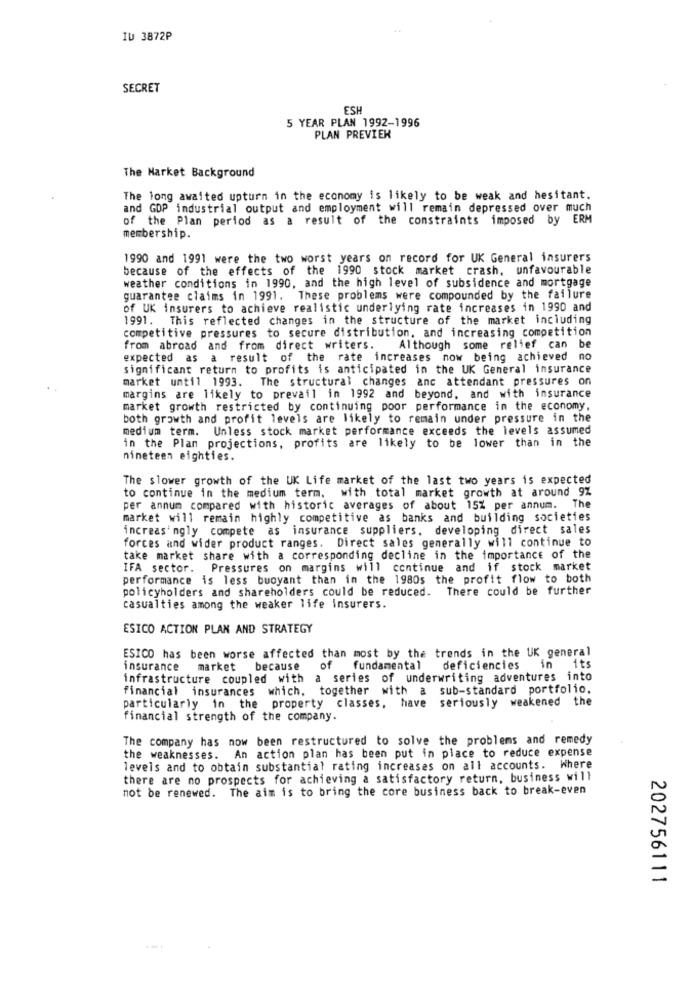
IV 3872P
SECRET
ESH
5 YEAR PLAN 1992-1996
PLAN PREVIER
The Market Background
The long awaited upturn in the economy is likely to be weak and hesitant.
and GDP industrial output and employment will remain depressed over much
of the Plan period as a result of the constraints imposed by ERM
membership.
1990 and 1991 were the two worst years on record for UK General insurers
because of the effects of the 1990 stock market crash, unfavourable
weather conditions in 1990, and the high level of subsidence and mortgage
guarantee claims in 1991. These problems were compounded by the failure
of UK insurers to achieve realistic underlying rate increases in 1990 and
1991. This reflected changes in the structure of the market including
competitive pressures to secure distribution, and increasing competition
from abroad and from direct writers.
Although some relief can be
expected as a result of the rate increases now being achieved no
significant return to profits is anticipated in the UK General insurance
market until 1993. The structural changes anc attendant pressures on
margins are likely to prevail in 1992 and beyond, and with insurance
market growth restricted by continuing poor performance in the economy.
both growth and profit levels are likely to remain under pressure in the
medium term. Unless stock market performance exceeds the levels assumed
in the Plan projections, profits are likely to be lower than in the
nineteen eighties.
The slower growth of the UK Life market of the last two years is expected
to continue in the medium term. with total market growth at around 9%
per annum compared with historic averages of about 15% per annum. The
market will remain highly competitive as banks and building societies
increasingly compete as insurance suppliers. developing direct sales
forces and wider product ranges. Direct sales generally will continue to
take market share with a corresponding decline in the importance of the
IFA sector. Pressures on margins will continue and if stock market
performance is less buoyant than in the 1980s the profit flow to both
policyholders and shareholders could be reduced. There could be further
casualties among the weaker life insurers.
ESICO ACTION PLAN AND STRATEGY
ESICO has been worse affected than most by the trends in the UK general
its
insurance market because
of fundamental
deficiencies in
infrastructure coupled with a series of underwriting adventures into
financial insurances which, together with a sub-standard portfolio.
particularly in the property classes, have seriously weakened the
financial strength of the company.
The company has now been restructured to solve the problems and remedy
the weaknesses. An action plan has been put in place to reduce expense
levels and to obtain substantial rating increases on all accounts. Where
there are no prospects for achieving a satisfactory return, business will
not be renewed. The aim is to bring the core business back to break-even
202756111